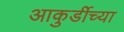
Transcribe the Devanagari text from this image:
आकुर्डीच्या